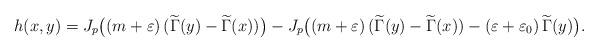
LaTeX: \begin{align*}h(x, y)=J_p\big((m+\varepsilon)\,(\widetilde\Gamma(y)-\widetilde\Gamma(x))\big)-J_p\big((m+\varepsilon)\,(\widetilde\Gamma(y)-\widetilde\Gamma(x))-(\varepsilon+\varepsilon_0)\,\widetilde\Gamma(y)\big).\end{align*}